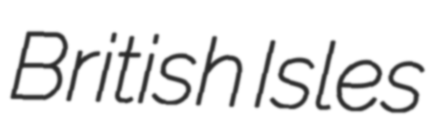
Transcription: British Isles